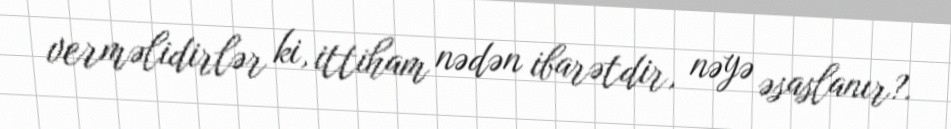
verməlidirlər ki, ittiham nədən ibarətdir, nəyə əsaslanır?.